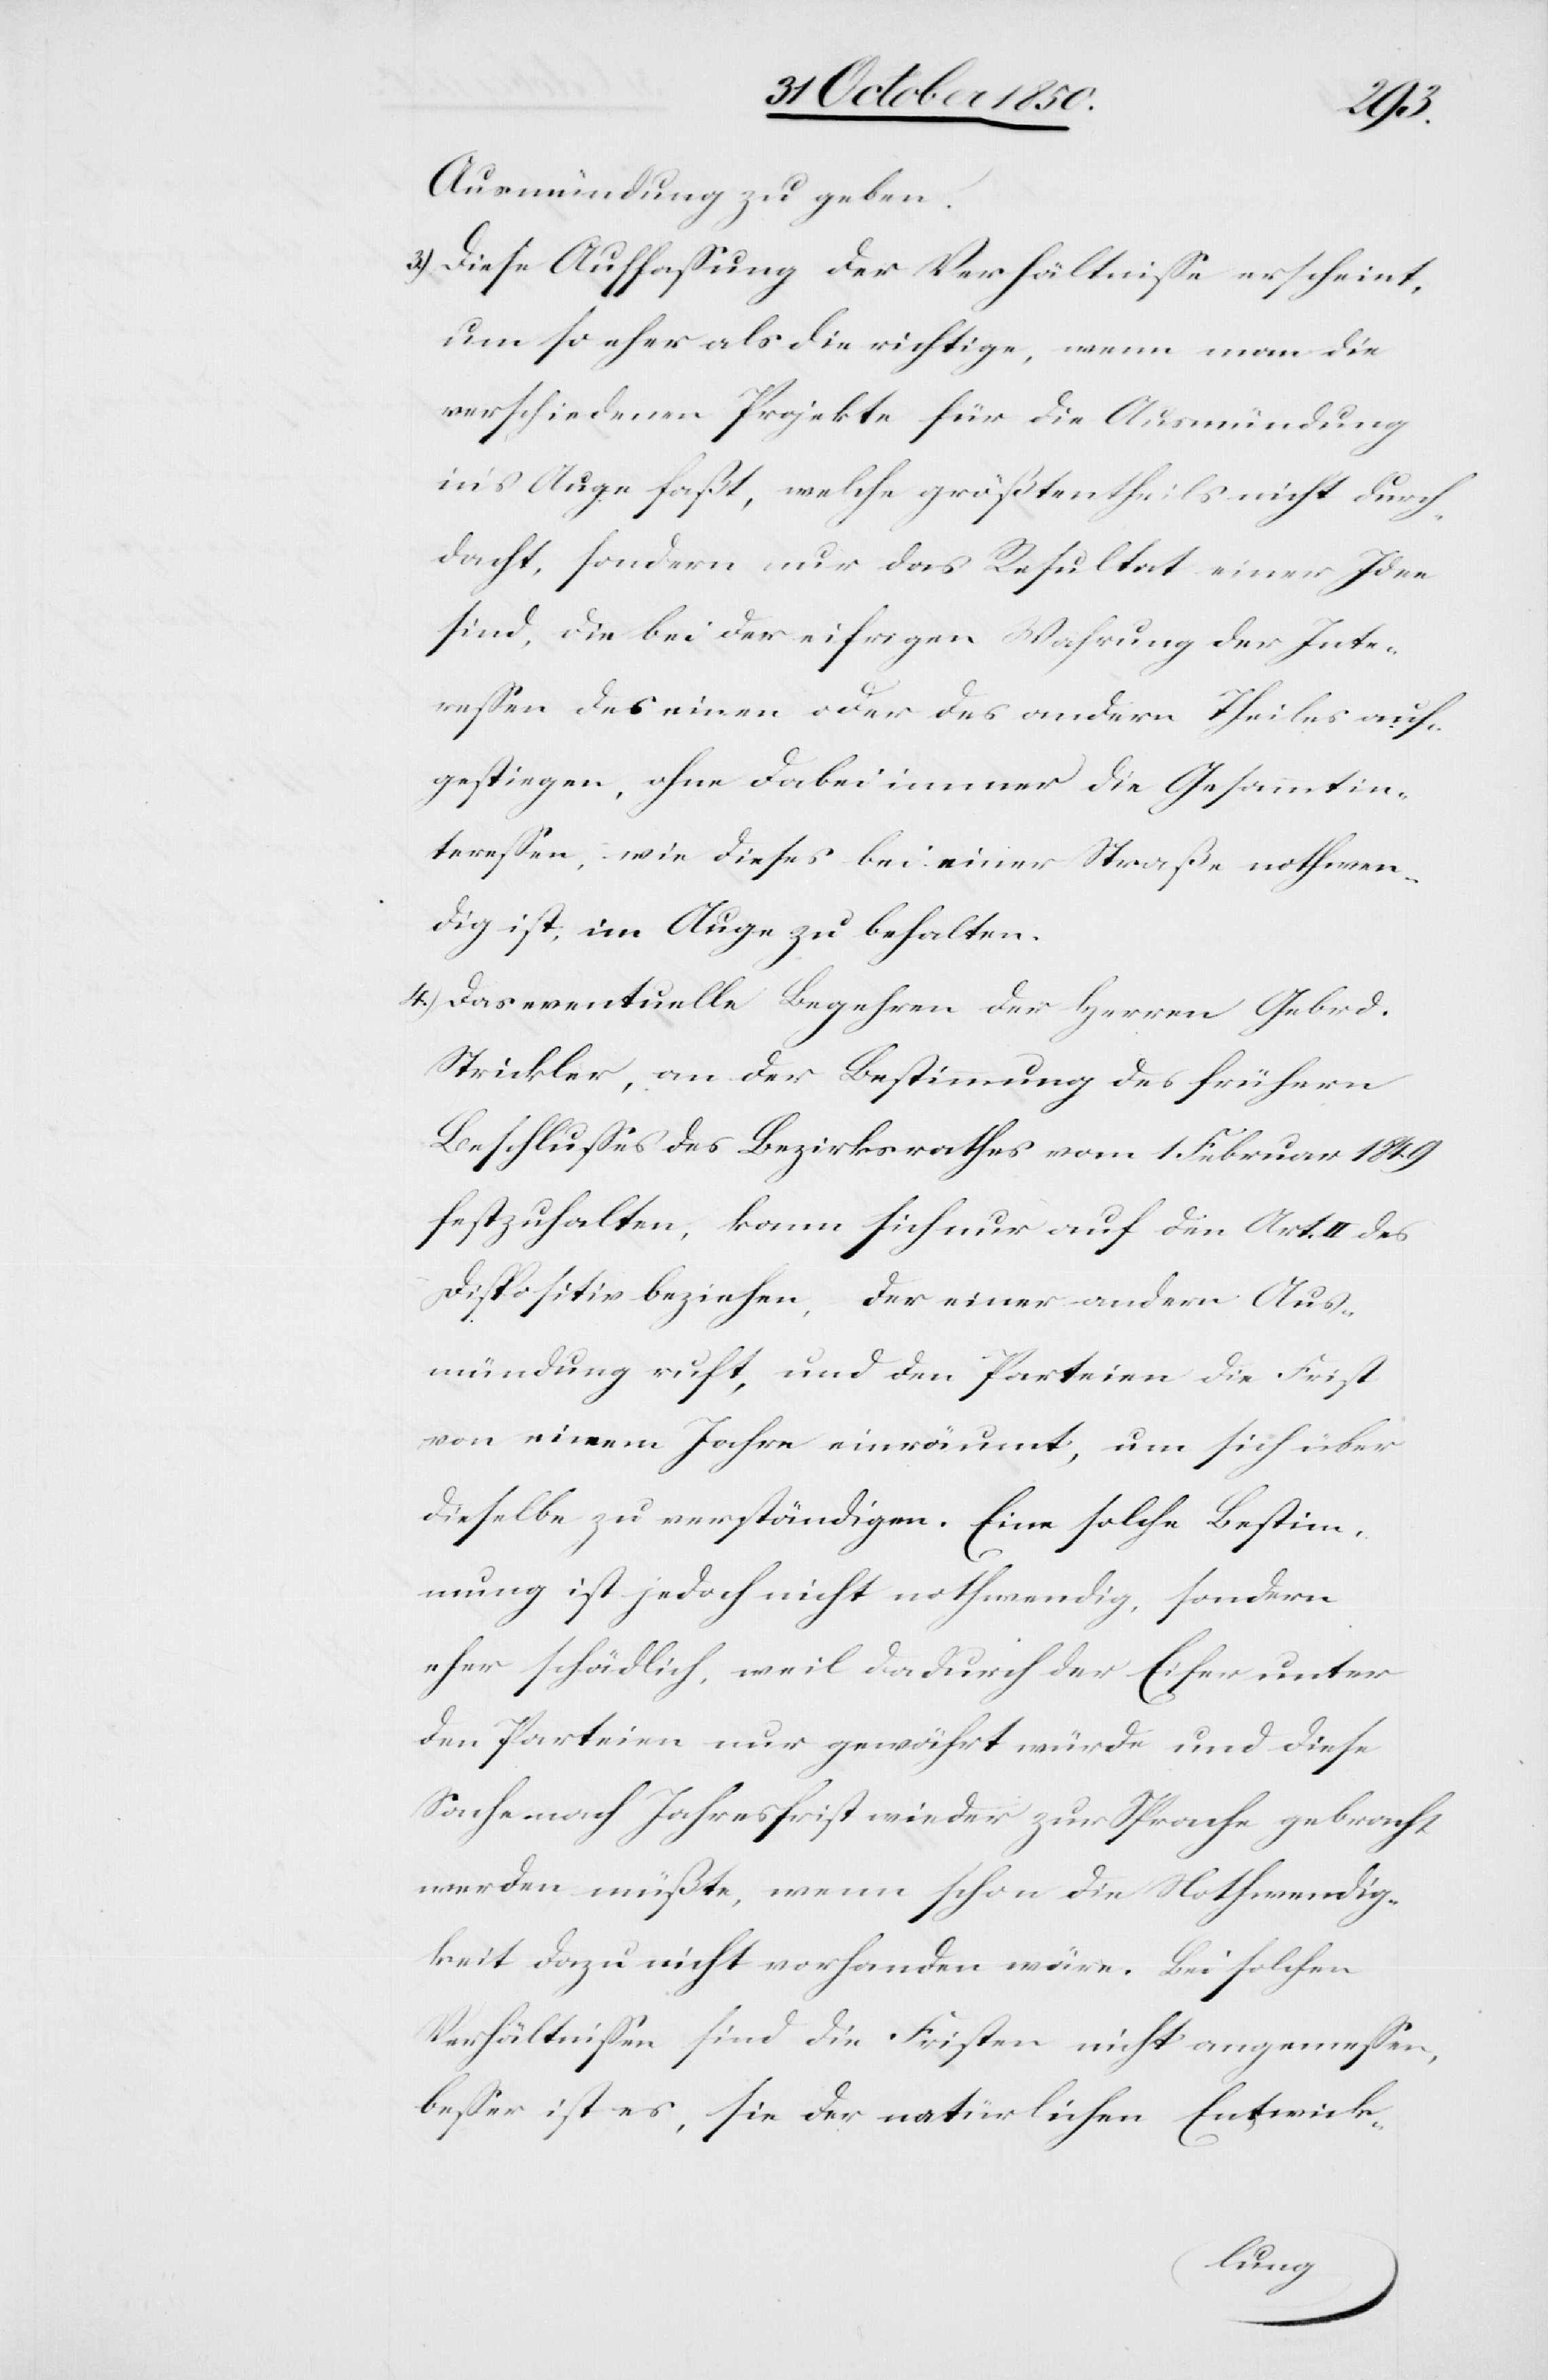
Ausmündung zu geben.
3) Diese Auffassung der Verhältnisse erscheint,
um so eher als die richtige, wenn man die
verschiedenen Projekte für die Ausmündung
in’s Auge faßt, welche größtentheils nicht durch¬
dacht, sondern nur das Resultat einer Idee
sind, die bei der eifrigen Wahrung der Inte¬
ressen des einen oder des andern Theiles auf¬
gestiegen, ohne dabei immer die Gesammtin¬
teressen, wie dieses bei einer Straße nothwen¬
dig ist, im Auge zu behalten.
4) Das eventuelle Begehren der Herren Gebrd.
Strickler, an der Bestimmung des frühern
Beschlusses des Bezirksrathes vom 1 Februar 1849
festzuhalten, kann sich nur auf den Art. II des
Dispositiv beziehen, der einer andern Aus¬
mündung ruft, und den Parteien die Frist
von einem Jahre einräumt, um sich über
dieselbe zu verständigen. Eine solche Bestim¬
mung ist jedoch nicht nothwendig, sondern
eher schädlich, weil dadurch der Eifer unter
den Parteien nur gewährt würde und diese
Sache nach Jahresfrist wieder zur Sprache gebracht
werden müßte, wenn schon die Nothwendig¬
keit dazu nicht vorhanden wäre. Bei solchen
Verhältnissen sind die Fristen nicht angemessen,
besser ist es, sie der natürlichen Entwick-